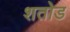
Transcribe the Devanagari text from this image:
शतोड